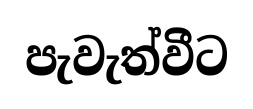
පැවැත්වීට